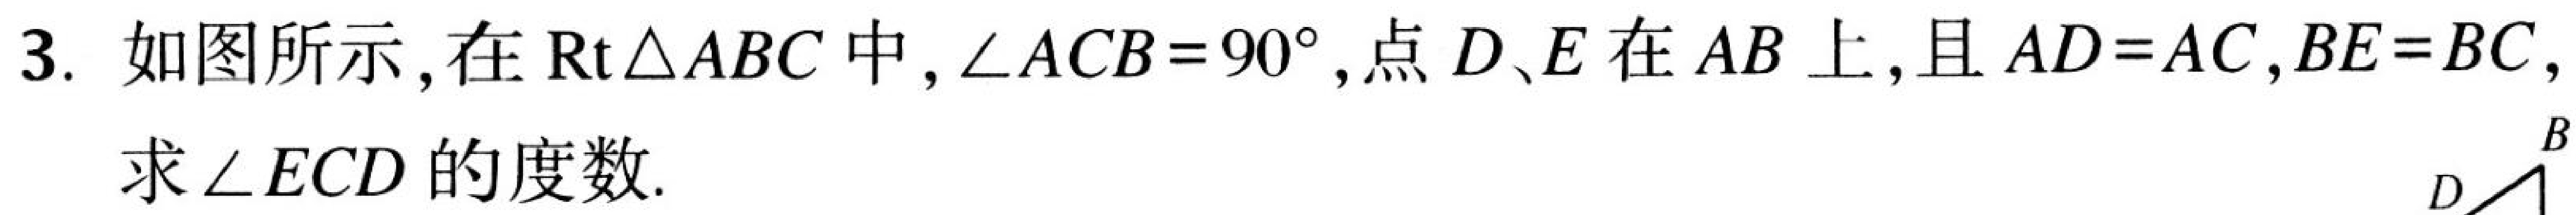
3. 如图所示, 在\(\text{Rt}\triangle ABC\)中, \(\angle ACB = 90^{\circ}\), 点\(D、E\)在\(AB\)上, 且\(AD = AC\), \(BE = BC\),
求\(\angle ECD\)的度数.